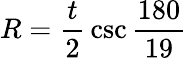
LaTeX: R={\frac{t}{2}}\csc{\frac{180}{19}}